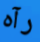
رآه